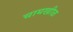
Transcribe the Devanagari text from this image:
चामखीळ